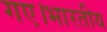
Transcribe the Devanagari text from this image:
गए।भारतीय